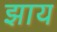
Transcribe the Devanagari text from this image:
झाय